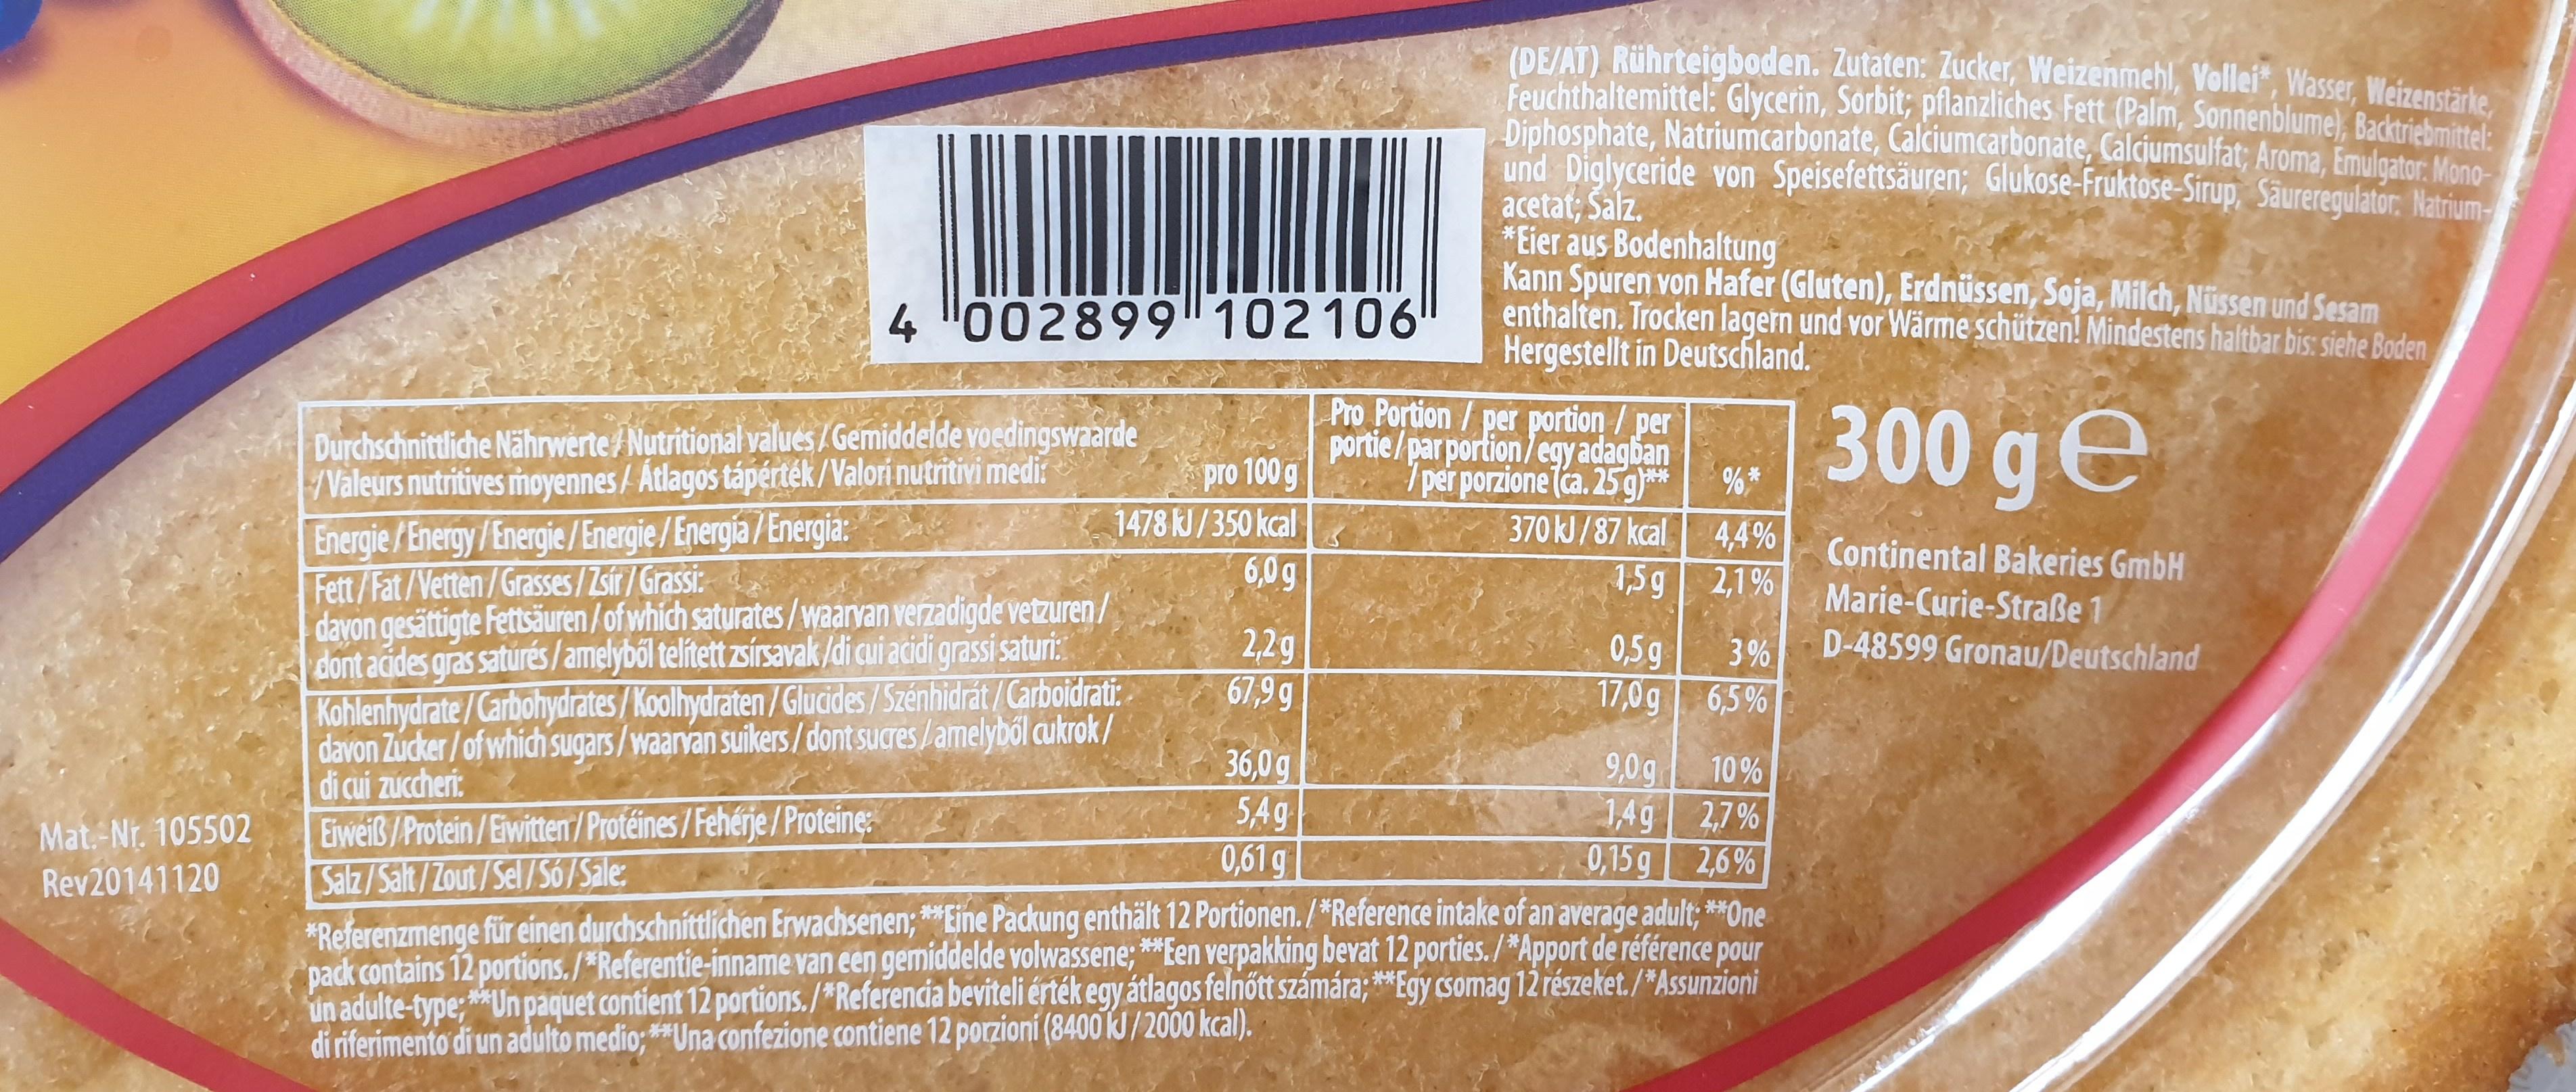
(DE/AT) Rührteigboden. Zutaten: Zucker, Weizenmehl, Vollei", Wasser, Weizenstärke. Feuchthaltemittel: Glycerin, Sorbit; pflanzliches Fett (Palm, Sonnenblume), Backtriebmitl: Diphosphate, Natriumcarbonate, Calciumcarbonate, Calciumsulfat; Aroma, Emulgator: Mono- und Diglyceride von Speisefettsäuren; Glukose-Fruktose-Sirup, Sãureregulator: Natrium- acetat; Salz. *Eier aus Bodenhaltung Kann Spuren von Hafer (Gluten), Erdnüssen, Soja, Milch, Nüssen und Sesam enthalten. Trocken lagern und vor Wärme schützen! Mindestens haltbar bis: siehe Boden Hergestellt in Deutschland. 4 "002899 102106 Pro Portion /per portion/per portie/par portion/egy adagban per porzione (ca. 25g)** 370KJ/87 kcal 300 g e Durchschnitliche Nährwerte Nutritional values /Gemiddelde voedingswaarde Valeurs nutritives moyennes/Atlagos tápérték/Valori nutritivi medis pro 100 g 1478 RJ/350 kcal 6,0 g 22g 67,9 g Energie/Energy/Energie/Energie/Energia/Energia Fett/Fat/Vetten/Grasses/Zsir/Grassi: davon gesättigte Fettsäuren/of which saturates/waarvan verzadigde vetzuren/ dont acides gras saturés/amelyből telitett zsírsavak/di cui acidi grassi saturi: 4,4% 1,5g 21% 3% 6,5% 10% 1,4g 27% 0,15 g 2,6% Continental Bakeries GmbH Marie-Curie-Straße 1 D-48599 Gronau/Deutschland 0,5g 17,0g 9,0g Kohlenhydrate/Carbohydrates/Koolhydraten/Glucides/Szenhidrát/Carboidrati davon Zucker/of which sugars/waarvan suikers/dont sucres/amelybol cukrok/ di cui zuccheri: 36,0 g 54g 0,619 Eiweiß/Protein/Eiwitten/Protéines/Fehérje/Proteine Salz/Salt/Zout/Sel/S6/Sale: Mat.-Nr. 105502 Rev20141120 *Referenzmenge für einen durchschnittlichen Erwachsenen; **Eine Padckung enthält 12 Portionen./*Reference intake of an average adult:**One pack contains 12 portions./ Referentie-inname van een gemiddelde volwassene*Een verpaking bevat 12 porties./*Apport de référence pour un adulte-type,*Un paquet contient 12 portions./*Referencia beviteli érték egy átlagos felnőtt számára; **Egy csomag 12 részeket./*Assunzioni di riferimento di un adulto medio;*Una confezione contiene 12 porzioní (8400KJ/2000 kcal),